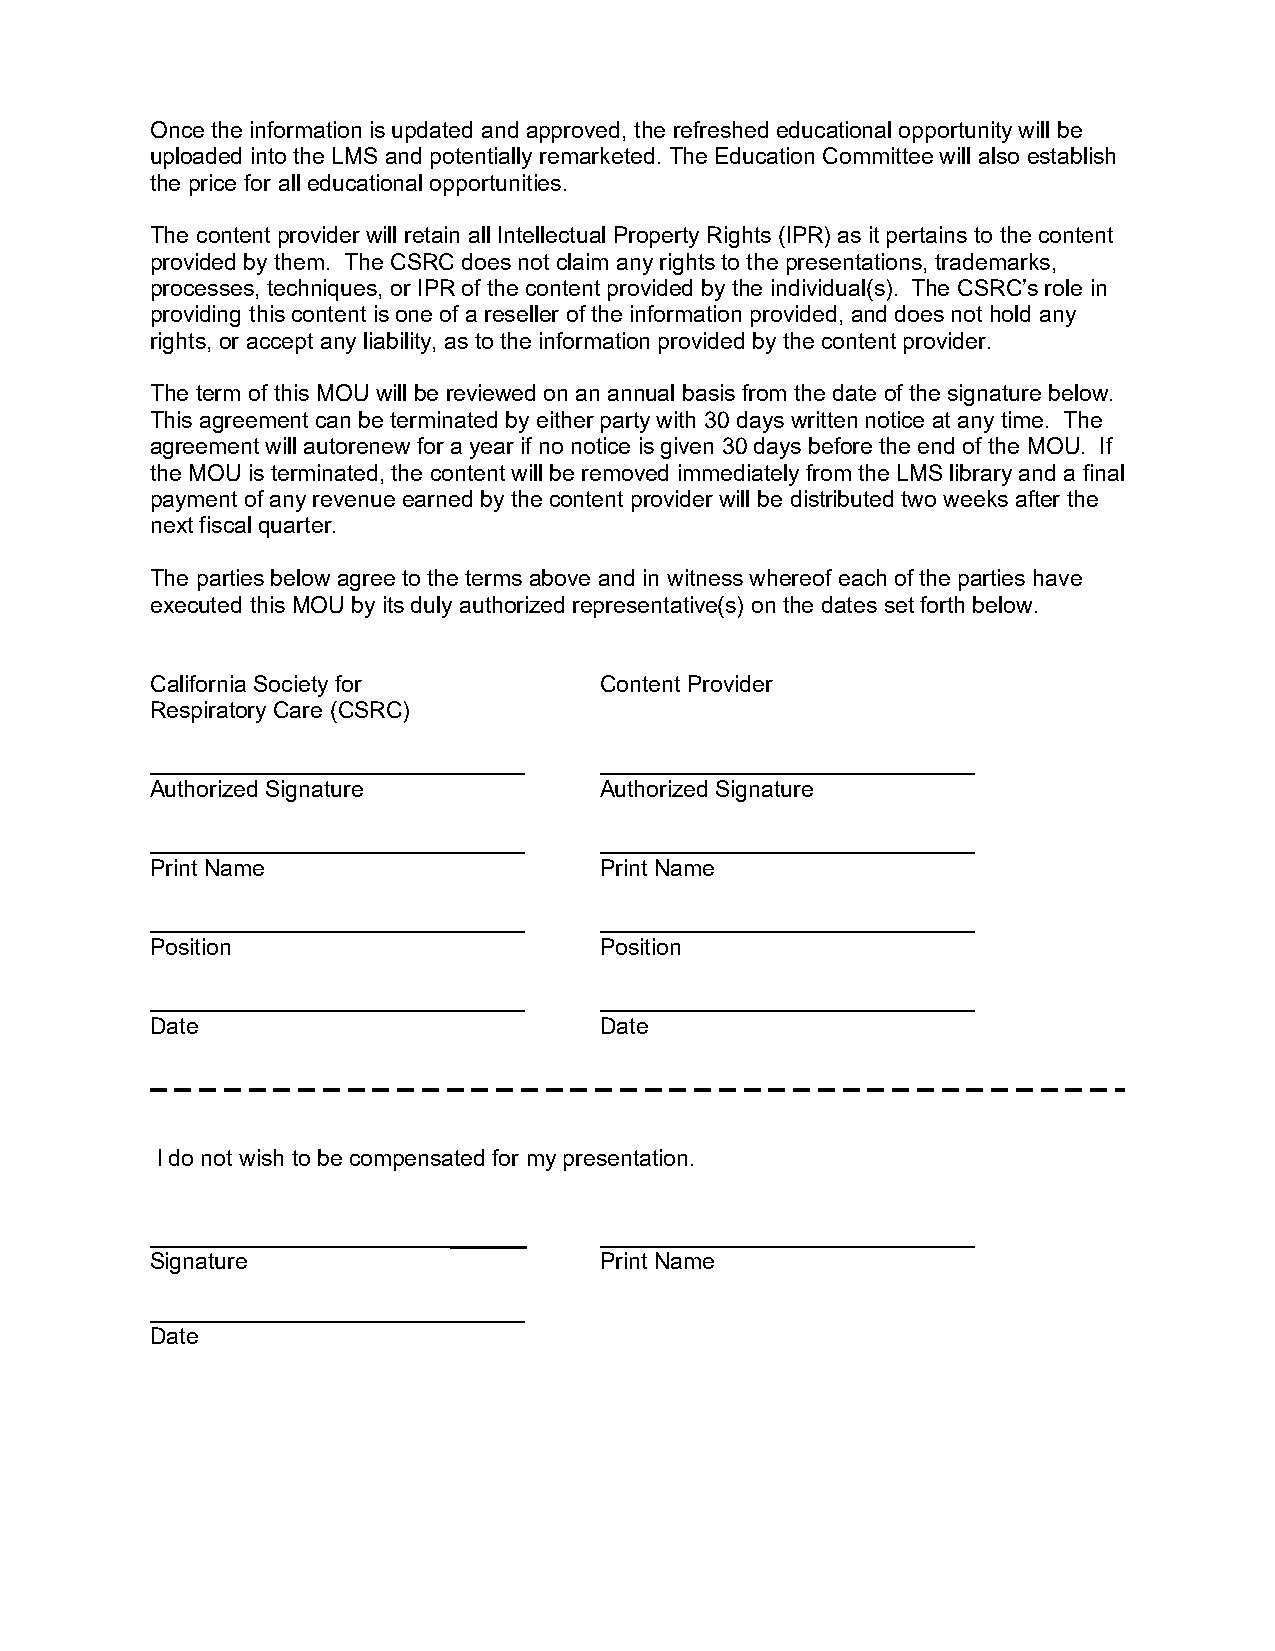
Once the information is updated and approved, the refreshed educational opportunity will be
 uploaded into the LMS and potentially remarketed. The Education Committee will also establish
 the price for all educational opportunities.
 The content provider will retain all Intellectual Property Rights (IPR) as it pertains to the content
 provided by them. The CSRC does not claim any rights to the presentations, trademarks,
 processes, techniques, or IPR of the content provided by the individual(s). The CSRC’s role in
 providing this content is one of a reseller of the information provided, and does not hold any
 rights, or accept any liability, as to the information provided by the content provider.
 The term of this MOU will be reviewed on an annual basis from the date of the signature below.
 This agreement can be terminated by either party with 30 days written notice at any time. The
 agreement will autorenew for a year if no notice is given 30 days before the end of the MOU. If
 the MOU is terminated, the content will be removed immediately from the LMS library and a final
 payment of any revenue earned by the content provider will be distributed two weeks after the
 next fiscal quarter.
 The parties below agree to the terms above and in witness whereof each of the parties have
 executed this MOU by its duly authorized representative(s) on the dates set forth below.
 California Society for        Content Provider
 Respiratory Care (CSRC)
 Authorized Signature          Authorized Signature
 Print Name                    Print Name
 Position                      Position
 Date                          Date
 I do not wish to be compensated for my presentation.
 ______
 Signature                     Print Name
 Date